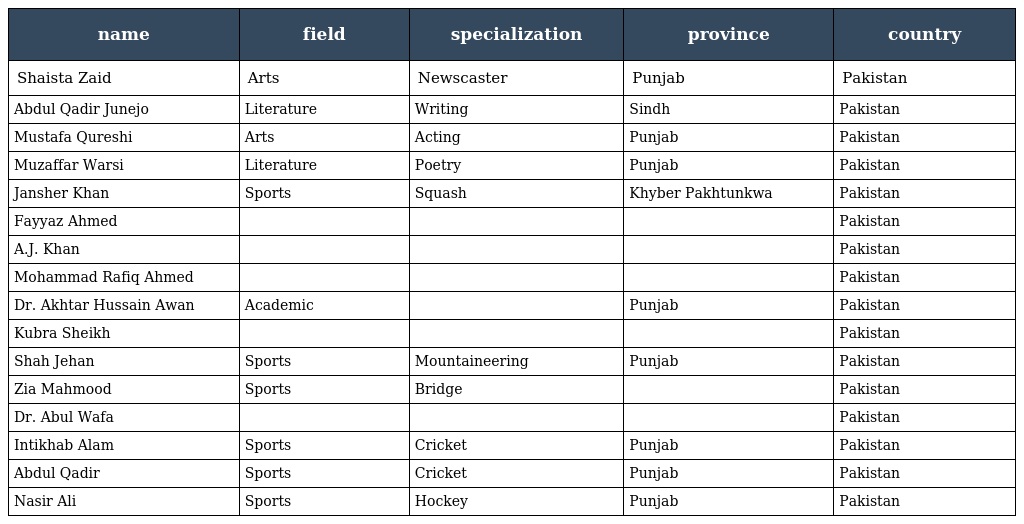
| name | field | specialization | province | country |
 | --- | --- | --- | --- | --- |
 | Shaista Zaid | Arts | Newscaster | Punjab | Pakistan |
 | Abdul Qadir Junejo | Literature | Writing | Sindh | Pakistan |
 | Mustafa Qureshi | Arts | Acting | Punjab | Pakistan |
 | Muzaffar Warsi | Literature | Poetry | Punjab | Pakistan |
 | Jansher Khan | Sports | Squash | Khyber Pakhtunkwa | Pakistan |
 | Fayyaz Ahmed |  |  |  | Pakistan |
 | A.J. Khan |  |  |  | Pakistan |
 | Mohammad Rafiq Ahmed |  |  |  | Pakistan |
 | Dr. Akhtar Hussain Awan | Academic |  | Punjab | Pakistan |
 | Kubra Sheikh |  |  |  | Pakistan |
 | Shah Jehan | Sports | Mountaineering | Punjab | Pakistan |
 | Zia Mahmood | Sports | Bridge |  | Pakistan |
 | Dr. Abul Wafa |  |  |  | Pakistan |
 | Intikhab Alam | Sports | Cricket | Punjab | Pakistan |
 | Abdul Qadir | Sports | Cricket | Punjab | Pakistan |
 | Nasir Ali | Sports | Hockey | Punjab | Pakistan |